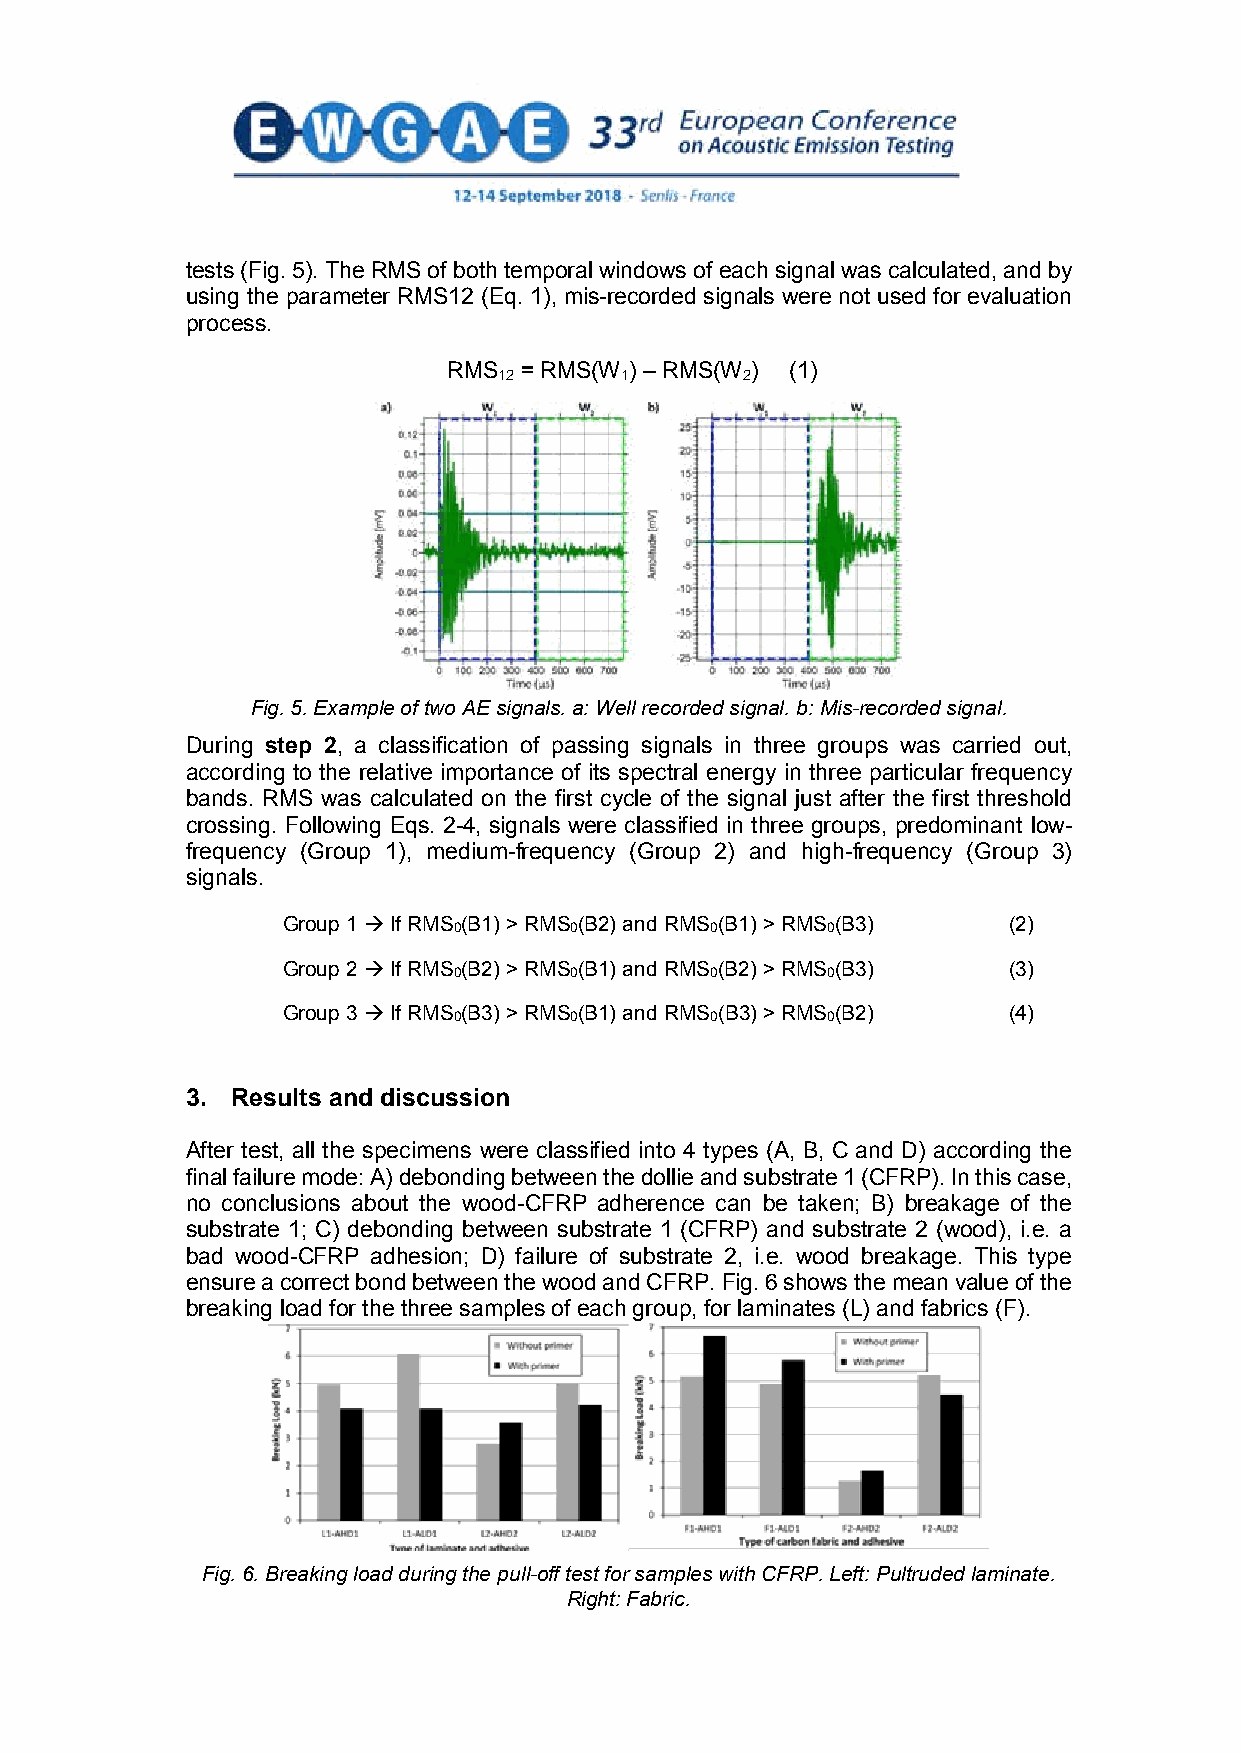
tests (Fig. 5). The RMS of both temporal windows of each signal was calculated, and by
 using the parameter RMS12 (Eq. 1), mis-recorded signals were not used for evaluation
 process.
 RMS = RMS(W ) –RMS(W ) (1)
 12      1       2
 Fig. 5. Example of two AE signals. a: Well recorded signal. b: Mis-recorded signal.
 During step 2, a classification of passing signals in three groups was carried out,
 according to the relative importance of its spectral energy in three particular frequency
 bands. RMS was calculated on the first cycle of the signal just after the first threshold
 crossing. Following Eqs. 2-4, signals were classified in three groups, predominant low-
 frequency (Group 1), medium-frequency (Group 2) and high-frequency (Group 3)
 signals.
 Group 1 If RMS0(B1) > RMS0(B2) and RMS0(B1) > RMS0(B3) (2)
 Group 2 If RMS0(B2) > RMS0(B1) and RMS0(B2) > RMS0(B3) (3)
 Group 3 If RMS0(B3) > RMS0(B1) and RMS0(B3) > RMS0(B2) (4)
 3. Results and discussion
 After test, all the specimens were classified into 4 types (A, B, C and D) according the
 final failure mode: A) debonding between the dollie and substrate 1 (CFRP). In this case,
 no conclusions about the wood-CFRP adherence can be taken; B) breakage of the
 substrate 1; C) debonding between substrate 1 (CFRP) and substrate 2 (wood), i.e. a
 bad wood-CFRP adhesion; D) failure of substrate 2, i.e. wood breakage. This type
 ensure a correct bond between the wood and CFRP.Fig. 6 shows the mean value of the
 breaking load for the three samples of each group, for laminates (L) and fabrics (F).
 Fig. 6. Breaking load during the pull-off test for samples with CFRP. Left: Pultruded laminate.
 Right: Fabric.
 4